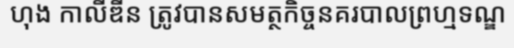
ហុង កាលីឌីន ត្រូវបានសមត្ថកិច្ចនគរបាលព្រហ្មទណ្ឌ